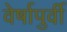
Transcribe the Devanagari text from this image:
वेर्षापुर्वी